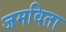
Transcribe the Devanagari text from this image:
जमविता